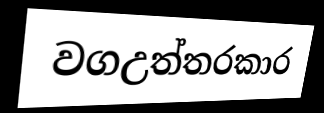
වගඋත්තරකාර